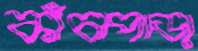
কাঁচাপাড়া